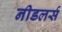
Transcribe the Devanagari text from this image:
नीडलर्स